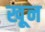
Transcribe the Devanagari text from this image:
खू़न